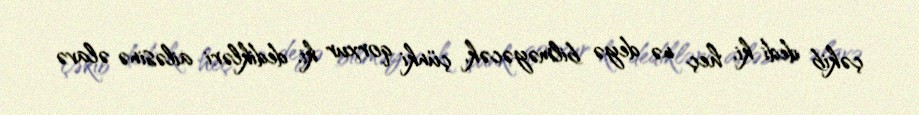
çəkib dedi ki, heç nə deyə bilməyəcək, çünki qorxur ki, dedikləri ailəsinə əlavə